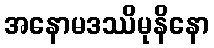
အနောမဒဿိမုနိနော